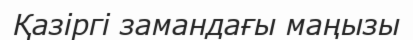
Қазіргі замандағы маңызы